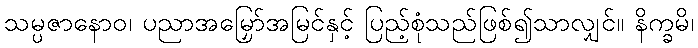
သမ္ပဇာနောဝ၊ ပညာအမြှော်အမြင်နှင့် ပြည့်စုံသည်ဖြစ်၍သာလျှင်။ နိက္ခမိ၊